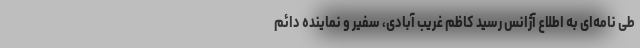
طی نامه‌ای به اطلاع آژانس رسید کاظم غریب آبادی، سفیر و نماینده دائم